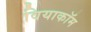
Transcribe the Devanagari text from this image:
वियाकॉम